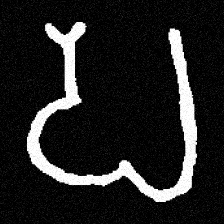
Pyu character \u2014 Myanmar letter: ပ (romanized: pa)